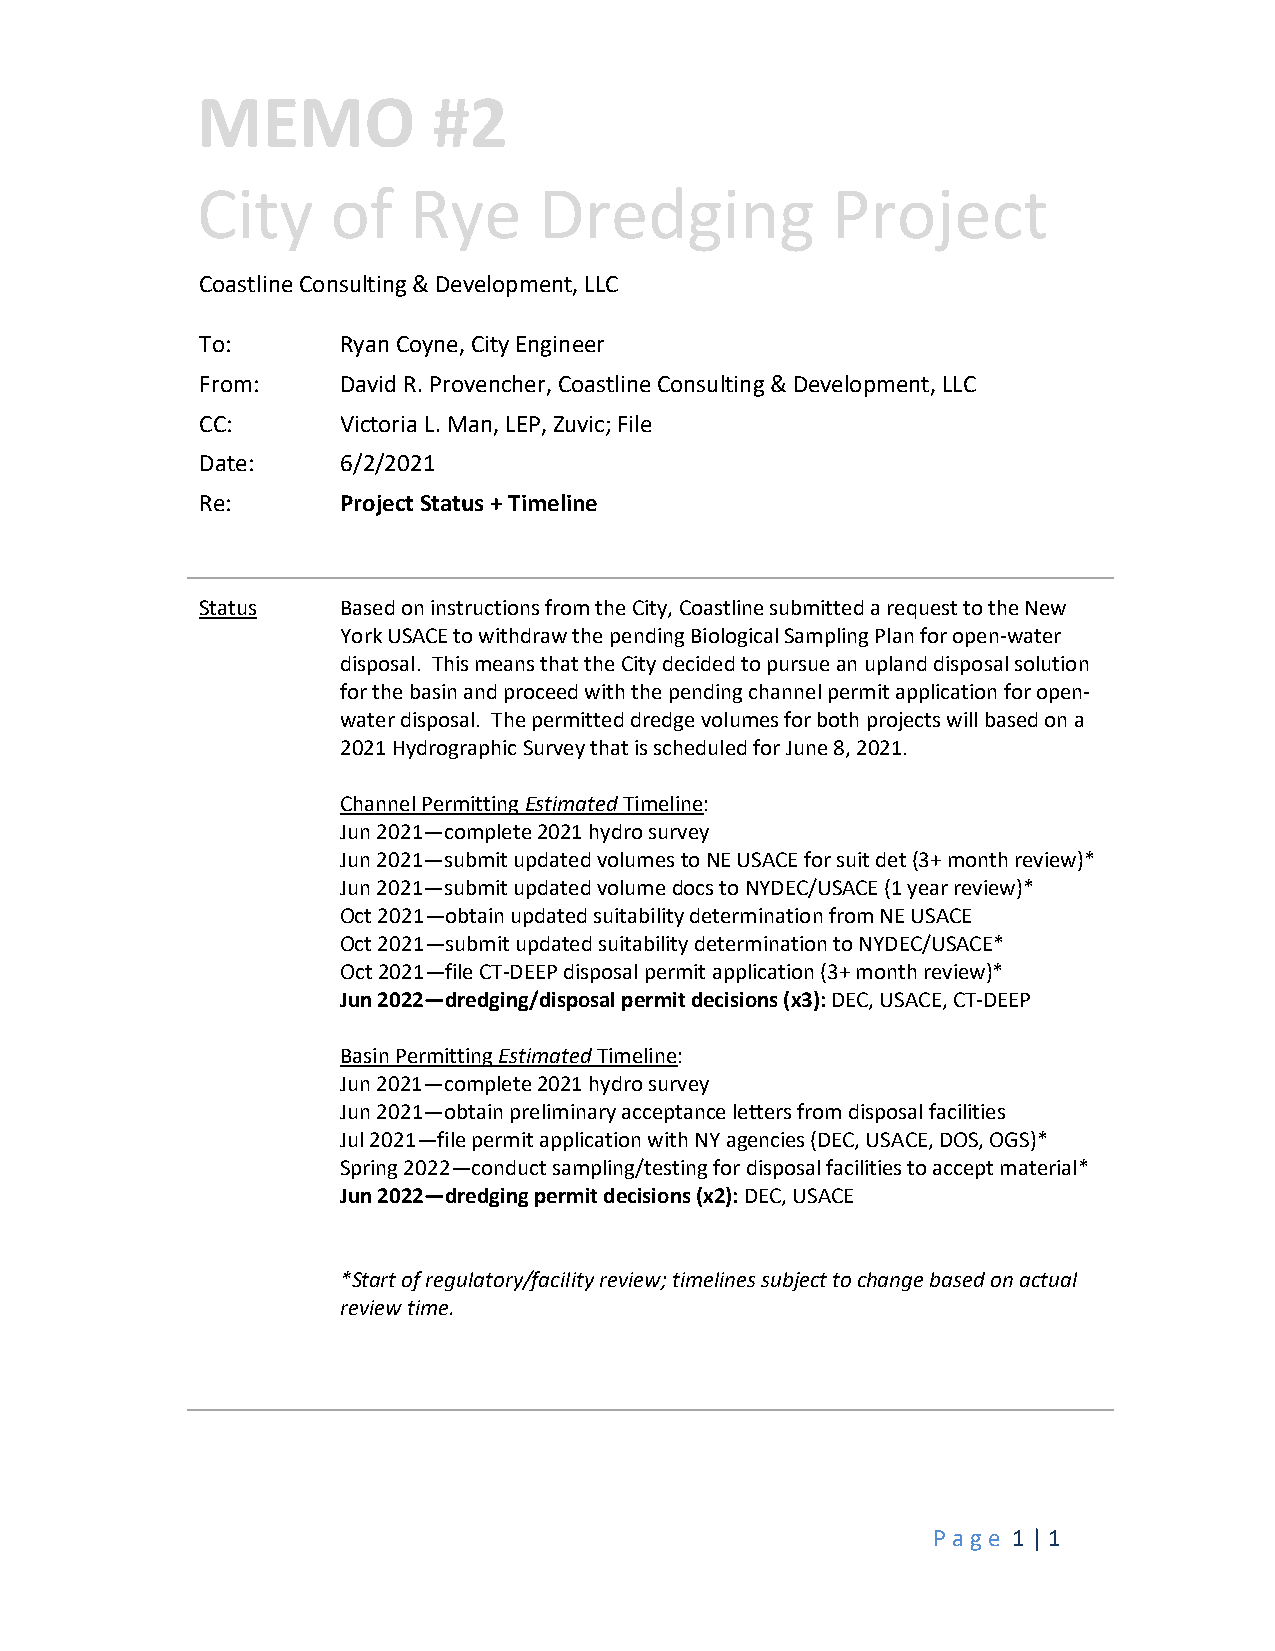
MEMO            #2
 City     of   Rye      Dredging           Project
 Coastline Consulting & Development, LLC
 To:       Ryan Coyne, City Engineer
 From:     David R. Provencher, Coastline Consulting & Development, LLC
 CC:       Victoria L. Man, LEP, Zuvic; File
 Date:     6/2/2021
 Re:       Project Status + Timeline
 Status    Based on instructions from the City, Coastline submitted a request to the New
 York USACE to withdraw the pending Biological Sampling Plan for open-water
 disposal. This means that the City decided to pursue an upland disposal solution
 for the basin and proceed with the pending channel permit application for open-
 water disposal. The permitted dredge volumes for both projects will based on a
 2021 Hydrographic Survey that is scheduled for June 8, 2021.
 Channel Permitting Estimated Timeline:
 Jun 2021—complete 2021 hydro survey
 Jun 2021—submit updated volumes to NE USACE for suit det (3+ month review)*
 Jun 2021—submit updated volume docs to NYDEC/USACE (1 year review)*
 Oct 2021—obtain updated suitability determination from NE USACE
 Oct 2021—submit updated suitability determination to NYDEC/USACE*
 Oct 2021—file CT-DEEP disposal permit application (3+ month review)*
 Jun 2022—dredging/disposal permit decisions (x3): DEC, USACE, CT-DEEP
 Basin Permitting Estimated Timeline:
 Jun 2021—complete 2021 hydro survey
 Jun 2021—obtain preliminary acceptance letters from disposal facilities
 Jul 2021—file permit application with NY agencies (DEC, USACE, DOS, OGS)*
 Spring 2022—conduct sampling/testing for disposal facilities to accept material*
 Jun 2022—dredging permit decisions (x2): DEC, USACE
 *Start of regulatory/facility review; timelines subject to change based on actual
 review time.
 P a ge 1 | 1